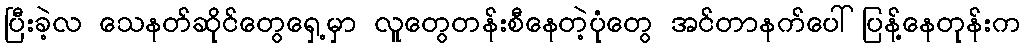
ပြီးခဲ့လ သေနတ်ဆိုင်တွေရှေ့မှာ လူတွေတန်းစီနေတဲ့ပုံတွေ အင်တာနက်ပေါ်ပြန့်နေတုန်းက